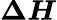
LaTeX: \boldsymbol{\Delta H}